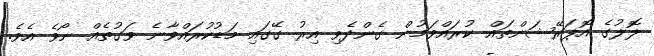
ލޮލުގެ އޮޕަރޭޝަންތައް ކުރައްވަމުން ގެންދެވި އިރު ގޭގައި މަޑުކުރައްވާނެ ވަގުތެއް ނޯވެ އެވެ.